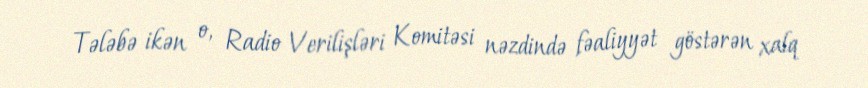
Tələbə ikən o, Radio Verilişləri Komitəsi nəzdində fəaliyyət göstərən xalq